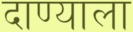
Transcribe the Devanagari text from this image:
दाण्याला